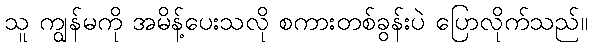
သူ ကျွန်မကို အမိန့်ပေးသလို စကားတစ်ခွန်းပဲ ပြောလိုက်သည်။